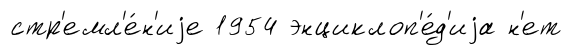
стр'емл'е́н'иjе 1954 энциклоп'е́д'иjа н'ет